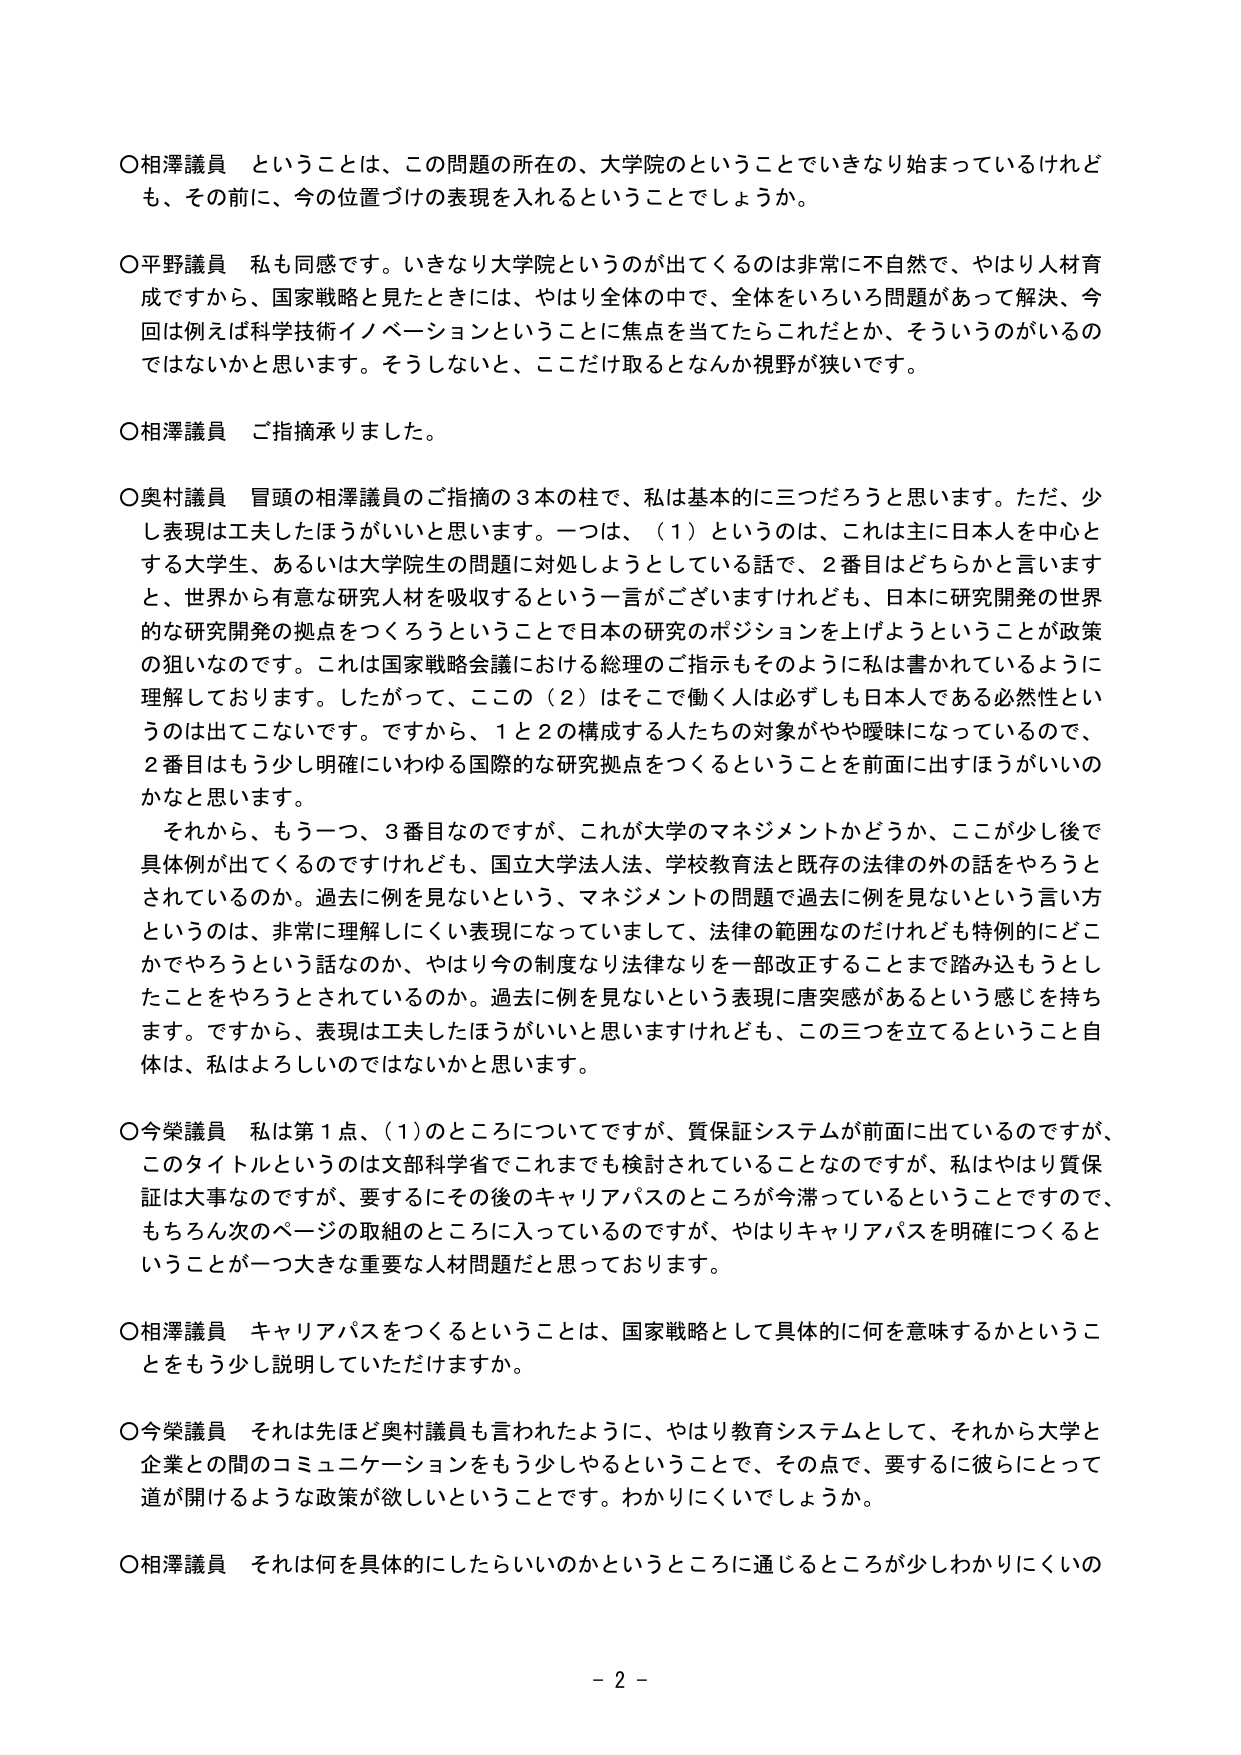
○相澤議員 ということは、この問題の所在の、大学院のということでいきなり始まっているけれども、その前に、今の位置づけの表現を入れるということでしょうか。

○平野議員 私も同感です。いきなり大学院というのが出てくるのは非常に不自然で、やはり人材育成ですから、国家戦略と見たときには、やはり全体の中で、全体をいろいろ問題があって解決、今回は例えば科学技術イノベーションということに焦点を当てたらこれだとか、そういうのがいるのではないかと思います。そうしないと、ここだけ取るとなんか視野が狭いです。

○相澤議員 ご指摘承りました。

○奥村議員 冒頭の相澤議員のご指摘の3本の柱で、私は基本的に三つだろうと思います。ただ、少し表現は工夫したほうがいいと思います。一つは、（1）というのは、これは主に日本人を中心とする大学生、あるいは大学院生の問題に対処しようとしている話で、2番目はどちらかと言いますと、世界から有意な研究人材を吸収するという一言がございますけれども、日本に研究開発の世界的な研究開発の拠点をつくろうということで日本の研究のポジションを上げようということが政策の狙いなのです。これは国家戦略会議における総理のご指示もそのように私は書かれているように理解しております。したがって、ここの（2）はそこで働く人は必ずしも日本人である必然性というのは出てこないです。ですから、1と2の構成する人たちの対象がやや曖昧になっていて、2番目はもう少し明確にいわゆる国際的な研究拠点をつくるということを前面に出すほうがいいのかなと思います。

それから、もう一つ、3番目なのですが、これが大学のマネジメントかどうか、ここが少し後で具体例が出てくるのですけれども、国立大学法人法、学校教育法と既存の法律の外の話をやろうとされているのか。過去に例を見ないという、マネジメントの問題で過去に例を見ないという言い方というのは、非常に理解しにくい表現になってしまって、法律の範囲なのだけれども特例的にどこかでやろうという話なのか、やはり今の制度なり法律なりを一部改正することまで踏み込もうとしたことをやろうとされているのか。過去に例を見ないという表現に唐突感があるという感じを持ちます。ですから、表現は工夫したほうがいいと思いますけれども、この三つを立てということ自体は、私はよろしいのではないかと思います。

○今榮議員 私は第1点、（1）のところについてですが、質保証システムが前面に出ているのですが、このタイトルというのは文部科学省でこれまでも検討されていることなのですが、私はやはり質保証は大事なのですが、要するにその後のキャリアパスのところが今滞っているということで、もちろん次のページの取組のところに入っているのですが、やはりキャリアパスを明確につくるということが一つ大きな重要な人材問題だと思っております。

○相澤議員 キャリアパスをつくるということは、国家戦略として具体的に何を意味するかということをもう少し説明していただけますか。

○今榮議員 それは先ほど奥村議員も言われたように、やはり教育システムとして、それから大学と企業との間のコミュニケーションをもう少しやるということで、その点で、要するに彼らにとって道が開けるような政策が欲しいということです。わかりにくいでしょうか。

○相澤議員 それは何を具体的にしたらいいのかというところに通じるところが少しわかりにくいの

- 2 -